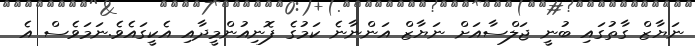
ނަޔާޒް ގާތުގައި ބުނީ ޖަލްސާއަށް ނަޔާޒް އަންނާނެ ކަމުގެ ފޮނިއުންމީދާއި އެކީގައެވެ.ނަަމަވެސް އެ